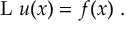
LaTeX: \operatorname { L } \, u ( x ) = f ( x ) ~ .